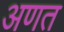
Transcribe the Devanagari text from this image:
अणत